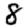
Digit: 8